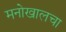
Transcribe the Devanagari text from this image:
मनोखालचा